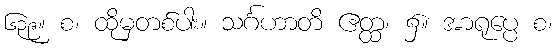
၆၃၉။ စ၊ ထိုမှတစ်ပါး။ သင်္ဂဟာတိ ဧတ္ထ၊ ၌။ အာရုပ္ပေ စ၊